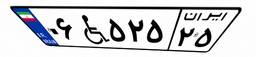
۰۶W۵۲۵۲۵